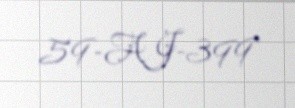
59-AJ-399